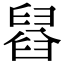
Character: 𦦂